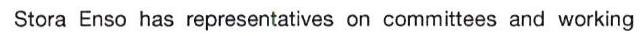
Stora Enso has representatives on committees and working